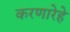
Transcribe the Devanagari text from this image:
करणारेहे